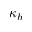
\kappa _ { h }